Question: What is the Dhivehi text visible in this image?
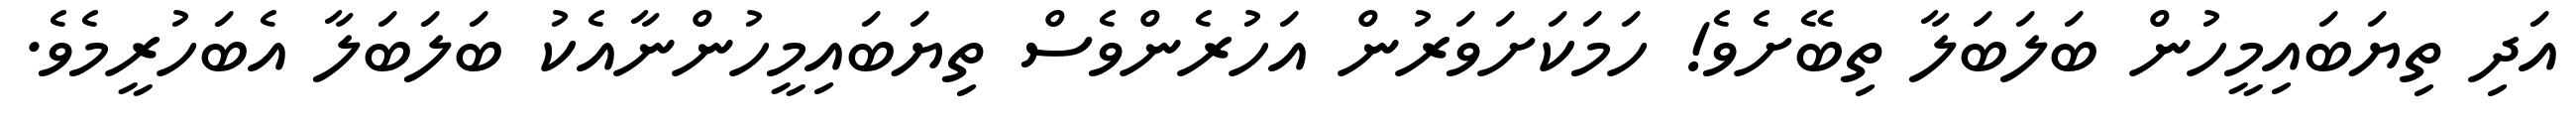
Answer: އަދި ތިޔަބައިމީހުން ބަލަބަލާ ތިބޭށެވެ! ހަމަކަށަވަރުން އަހުރެންވެސް ތިޔަބައިމީހުންނާއެކު ބަލަބަލާ އެބަހުރީމެވެ.